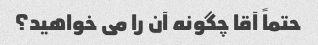
حتماً آقا چگونه آن را می خواهید؟